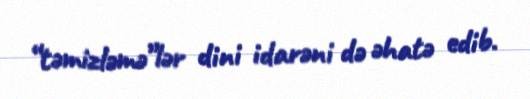
“təmizləmə”lər dini idarəni də əhatə edib.